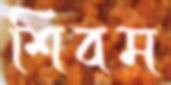
শিবম